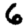
Digit: 6